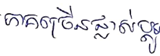
ភាគច្រើនផ្លាស់ប្តូរ